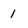
Character: 1